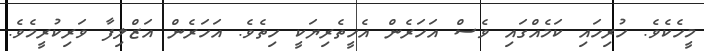
މީހެކެވެ. ހުރިހައި ކަމެއްގައި ވެސް އަހަރެން އެހީތެރިޔަކީ ހިތެވެ. އަހަރެން އަޒްލިފާ ވަރިކުރީމެވެ.